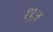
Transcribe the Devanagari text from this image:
शुज़